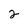
Character: 2